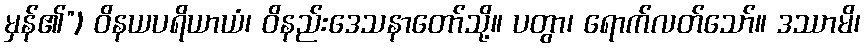
မှန်၏”) ဝိနယပရိယာယံ၊ ဝိနည်းဒေသနာတော်သို့။ ပတွာ၊ ရောက်လတ်သော်။ ဒဿာမိ၊